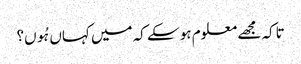
تاکہ مجھے معلوم ہو سکے کہ میں کہاں ہُوں؟